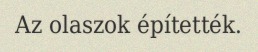
Az olaszok építették.